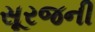
સૂરજની